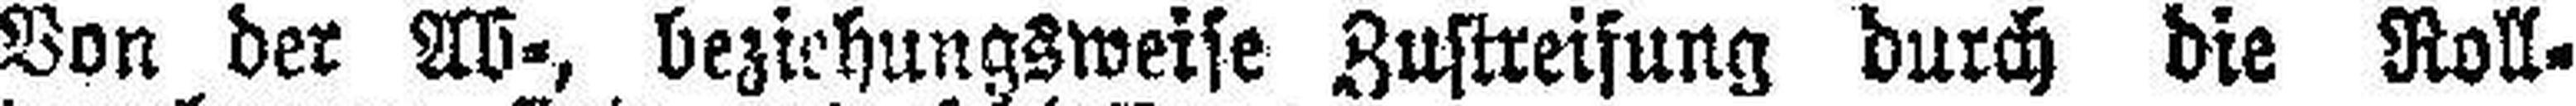
Von der Ab-, beziehungsweise Zustreifung durch die Roll¬